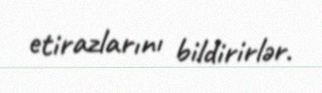
etirazlarını bildirirlər.